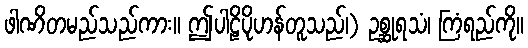
ဖါဏိတမည်သည်ကား။ ဤပါဠိပိုဟန်တူသည်၊) ဥစ္ဆုရသံ၊ ကြံရည်ကို။